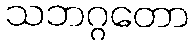
သဘဂ္ဂတော